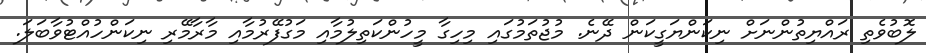
ލޮބުވެތި ރައްޔިތުންނަށް ނިކަންޔަގީކަން ދޭނެ. މުޖުތަމުގައި މިހިގާ މީހުންކަތިލުމާއި މަގުފޭރުމާއި މާރާމޭރި ނިކަންހުއްޓުވާބަލަ.